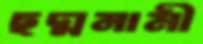
ছদ্মনামী